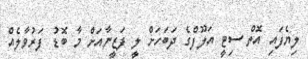
ލިޔެފައި އޮތް ސިޓީ އަލޫފްގެ ދަބަހަށް ލީ ފަޒީނާއަށް މާ ބޮޑު ފަރުވާލެއް